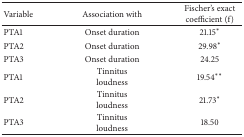
<table><thead><tr><td><b>Variable</b></td><td><b>Association with</b></td><td><b>Fischer&#x27;s exact coefficient (f)</b></td></tr></thead><tbody><tr><td>PTA1</td><td>Onset duration</td><td>21.15*</td></tr><tr><td>PTA2</td><td>Onset duration</td><td>29.98*</td></tr><tr><td>PTA3</td><td>Onset duration</td><td>24.25</td></tr><tr><td>PTA1</td><td>Tinnitus loudness</td><td>19.54**</td></tr><tr><td>PTA2</td><td>Tinnitus loudness</td><td>21.73*</td></tr><tr><td>PTA3</td><td>Tinnitus loudness</td><td>18.50</td></tr></tbody></table>